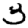
Digit: 3